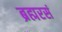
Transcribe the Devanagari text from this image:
ब्रह्मरसं